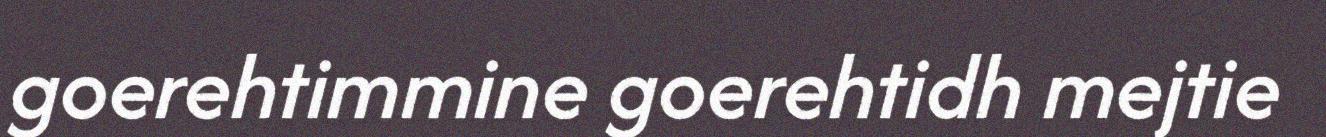
goerehtimmine goerehtidh mejtie